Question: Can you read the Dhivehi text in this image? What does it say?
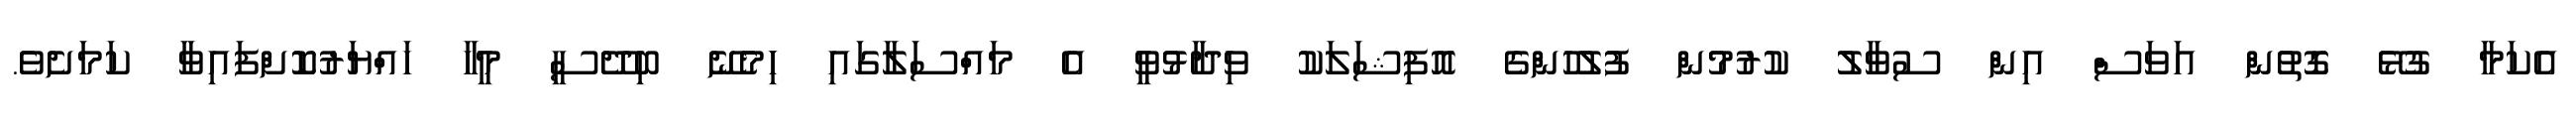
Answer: އެކަމާ ގުޅޭ ގޮތުން އަވަސް އިން ސުވާލު ކުރުމުން ފުލުހުންގެ އޮފިޝަލަކު ވިދާޅުވީ އެ މައްސަލާގައި ހިމެނޭ ބިދޭސީ މީހާ ހައްޔަރުކޮށްފައިވާ ކަމަށެވެ.